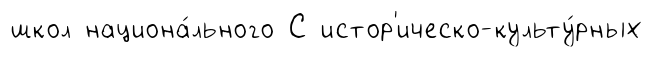
школ национа́льного С истор'ическо-культу́рных